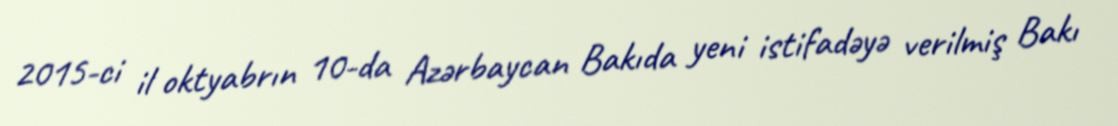
2015-ci il oktyabrın 10-da Azərbaycan Bakıda yeni istifadəyə verilmiş Bakı